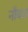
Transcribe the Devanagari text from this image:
नौबज